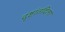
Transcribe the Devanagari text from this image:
दृष्टांतदिला